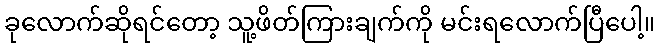
ခုလောက်ဆိုရင်တော့ သူ့ဖိတ်ကြားချက်ကို မင်းရလောက်ပြီပေါ့။